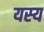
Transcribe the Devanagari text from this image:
यस्‍य